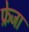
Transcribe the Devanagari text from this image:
फ्रेजा